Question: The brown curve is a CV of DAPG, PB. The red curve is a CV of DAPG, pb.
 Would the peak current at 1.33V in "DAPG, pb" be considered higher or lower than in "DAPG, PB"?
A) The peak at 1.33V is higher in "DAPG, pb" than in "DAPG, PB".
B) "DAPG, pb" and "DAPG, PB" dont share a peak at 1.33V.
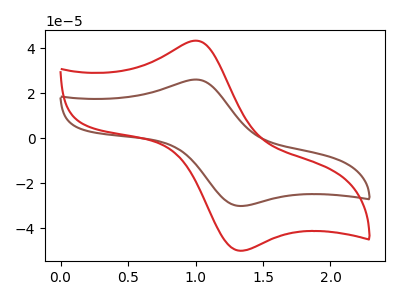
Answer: <think>The brown curve "DAPG, PB" has an anodic peak at (1.00V, 26.10uA) and a cathodic peak at (1.35V, -30.00uA). The red curve "DAPG, pb" has an anodic peak at (1.00V, 43.30uA) and a cathodic peak at (1.35V, -49.90uA).</think>
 <answer>A) The peak at 1.33V is higher in "DAPG, pb" than in "DAPG, PB".</answer>
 <eval>A</eval>